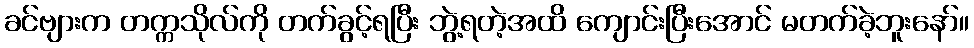
ခင်ဗျားက တက္ကသိုလ်ကို တက်ခွင့်ရပြီး ဘွဲ့ရတဲ့အထိ ကျောင်းပြီးအောင် မတက်ခဲ့ဘူးနော်။